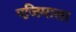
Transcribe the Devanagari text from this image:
एजिमाला